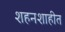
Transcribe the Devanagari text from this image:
शहनशाहीत